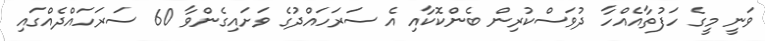
ވަނީ މީގެ ހަފުތާއެއްހާ ދުވަސްކުރިން ބެންކޮކާއި އެ ސަރަހައްދުގެ ވަށައިގެންވާ 60 ސަރަހައްދެއްގައި